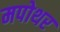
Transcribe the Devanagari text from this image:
मपोथर